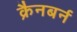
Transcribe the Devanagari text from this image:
क्रैनबर्न